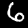
Digit: 6